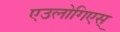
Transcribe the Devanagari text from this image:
एउलोगिएस्